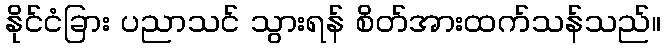
နိုင်ငံခြား ပညာသင် သွားရန် စိတ်အားထက်သန်သည်။